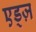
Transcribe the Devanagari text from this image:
एड्ज़